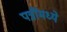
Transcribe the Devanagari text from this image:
पत्रींमध्ये